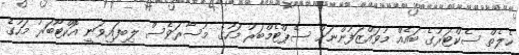
ހެލެތް ސެކްޓަރުގެ ބައެއް މުވައްޒަފުންނަށް ސެޕްޓެމްބަރު މަހުގެ މުސާރަވެސް ލިބިފައިވަނީ އޮކްޓޯބަރު މަހުގެ